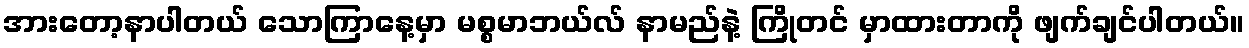
အားတော့နာပါတယ် သောကြာနေ့မှာ မစ္စမာဘယ်လ် နာမည်နဲ့ ကြိုတင် မှာထားတာကို ဖျက်ချင်ပါတယ်။